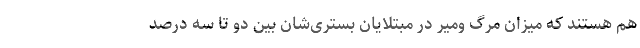
هم هستند که میزان مرگ ومیر در مبتلایان بستری‌شان بین دو تا سه درصد